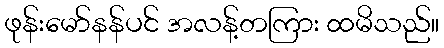
ဖုန်းမော်နန်ပင် အလန့်တကြား ထမိသည်။